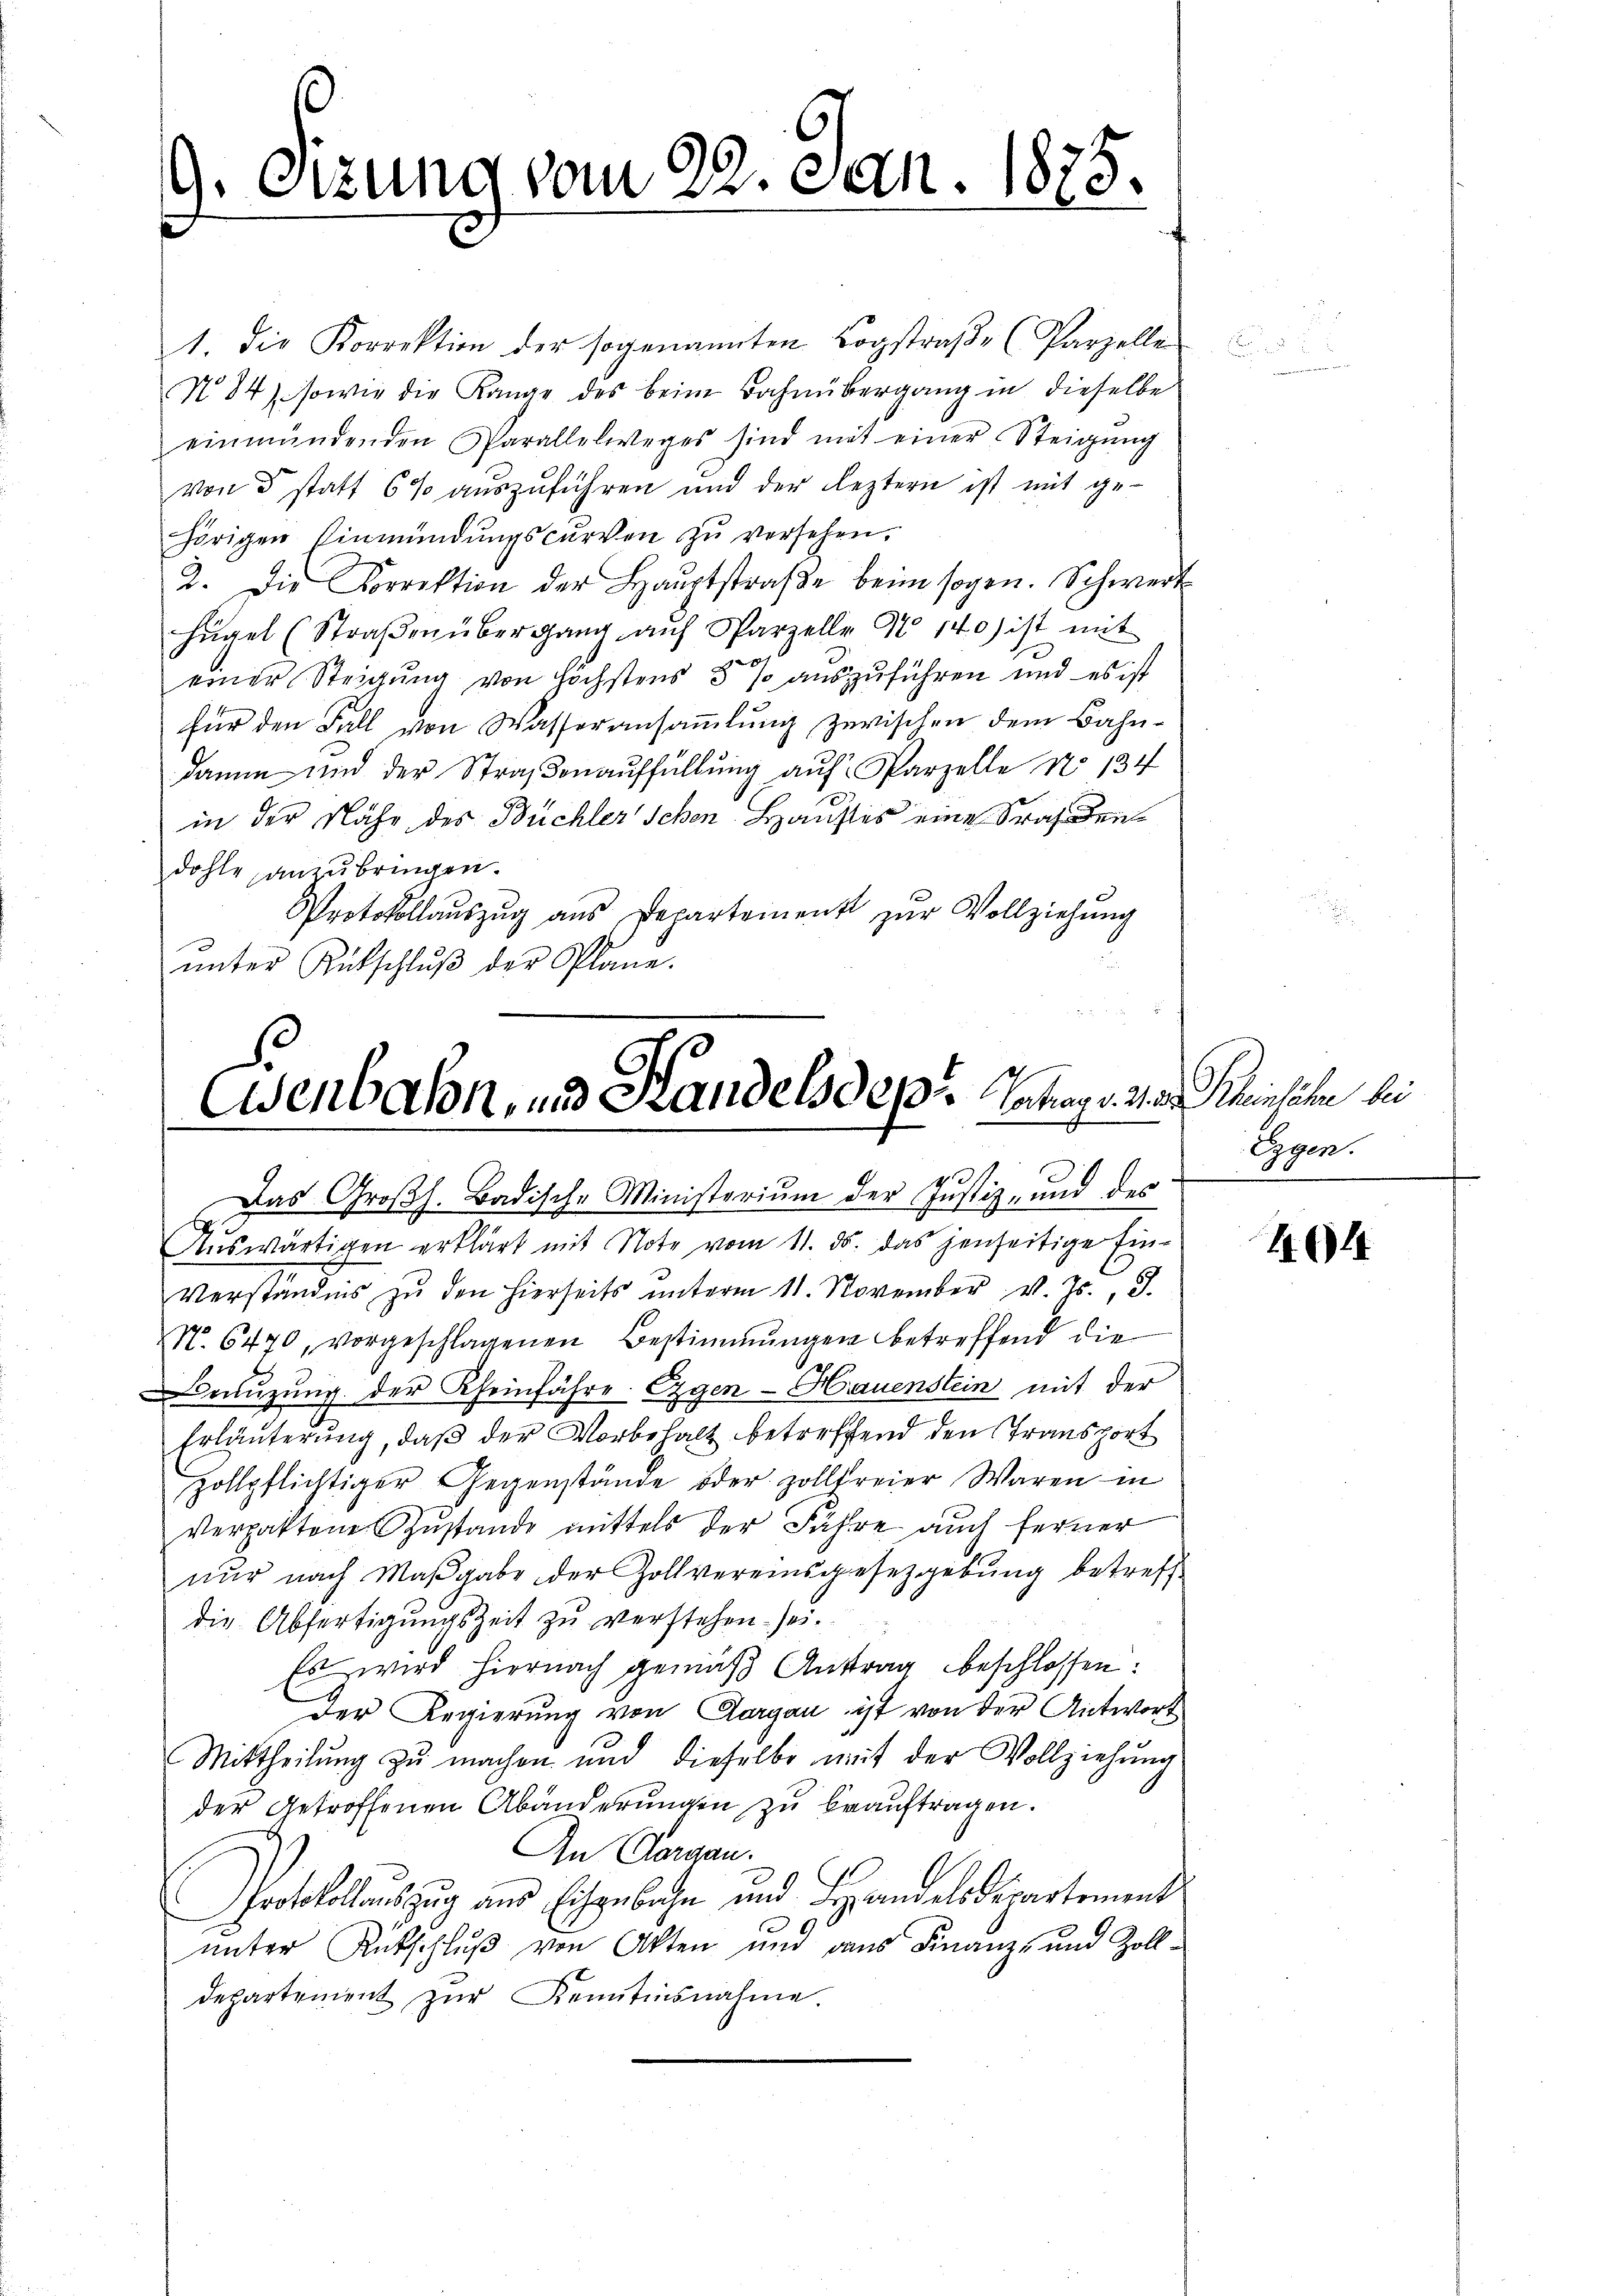
9. Sizung vom 22. Jan. 1873.
e
"

1. Die Korrektion der sogenannten Bogstraβe (Parzelle
N 84). sowie die Range des beim Bahnübergang in dieselbe
einmündenden Parallelweges sind mit einer Steigŭng
von 3 statt 6% aŭszŭführen und der leztern ist mit ge-
hörigen Einmündŭngscurven zŭ versehen.
2. Die Korrektion der Hauptstraβe beim sogen. Schwert
hügel (Straβen übergang aŭf Parzelle No 140) ist mit
einer Steigung von höchstens 5 % auszuführen und es ist
für den Fall von Wasseransammlung zwischen dem Bahndame und der Straßenauffüllung auf Parzelle No 134
in der Nähe des Büchler schen Hauses eine Safidendohle anzubringen.
Protokollaŭszŭg aŭs Departement zŭr Vollziehŭng
ŭnter Rückschlŭβ der Plane.

Cisenbalon, und Handelsdepr Ertrage von Kreisiten bei

Das Großh. Badische Ministerium der Justiz- und des
Auswärtigen erklärt mit Note vom 11. ds. das jenseitige Ein-
Verständnis zu den hierseits ŭnterm 11. November v. Js., 3.
N. 6470, vorgeschlagenen Bestimmungen betreffend die
euzung der Rheinführe. Eigen - Hauenslein mit der
Erläuterung, daβ der Vorbehalt betreffend den Transport
zollpflichtiger Gegenstände oder zollfreier Waren in
Verpakten Zustande mittels der Fahre auch ferner
nŭr nach Maβgabe der Zollvereinsgesetzgebŭng betreff
die Abfertigŭngszeit zŭ verstehen sei.
Es wird hiernach gemäß Antrag beschlossen:
Der Regierung von Aargau ist von der Antwort
Mittheilung zu machen und dieselbe mit der Vollziehung
der getroffenen Abänderungen zu beauftragen.
An Aargau.
Protokollauszug aus Eisenbahn und Landelsdepartement
unter Antschluß von Akten und dans Finanz- und Zolldepartement zŭr Kenntnisnahme.

Eigen.

44